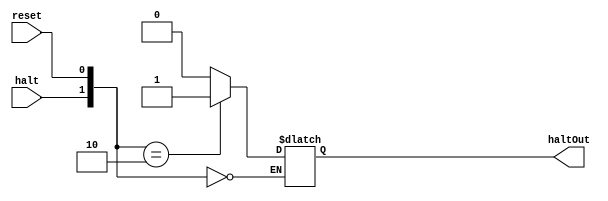
module UnidadeHalt(halt,reset,haltOut);
	input halt, reset;
	output reg haltOut;
	always @(*) begin
		case({halt,reset}) 
			2'b00: haltOut = haltOut;
			2'b01: haltOut = 1'b0;
			2'b10: haltOut = 1'b1;
			2'b11: haltOut = 1'b0;
		endcase
	end
endmodule